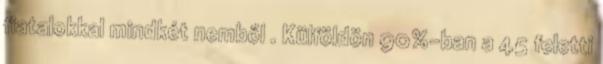
fiatalokkal mindkét nemből . Külföldön 90%-ban a 45 feletti